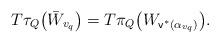
LaTeX: \begin{align*}T\tau_{Q}\big{(} \bar W_{v_q}\big{)} = T\pi_{Q}\big{(} W_{\mathsf{v}^*(\alpha_{v_q})}\big{)} .\end{align*}